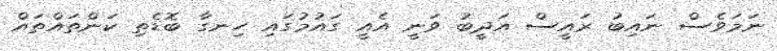
ނަމަވެސް ނައިބު ރައީސް އަދީބު ވަނީ އެއީ ގައުމުގައި ހިނގާ ބޮޑެތި ކަންތައްތައް